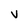
Character: V